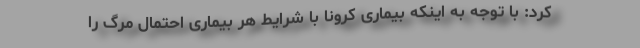
کرد: با توجه به اینکه بیماری کرونا با شرایط هر بیماری احتمال مرگ را